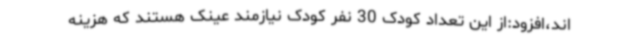
اند،افزود:از این تعداد کودک 30 نفر کودک نیازمند عینک هستند که هزینه